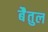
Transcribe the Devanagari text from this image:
बेैतुल